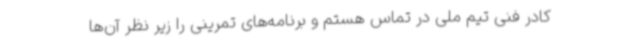
کادر فنی تیم ملی در تماس هستم و برنامه‌های تمرینی را زیر نظر آن‌ها